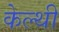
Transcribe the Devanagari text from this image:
केल्थी